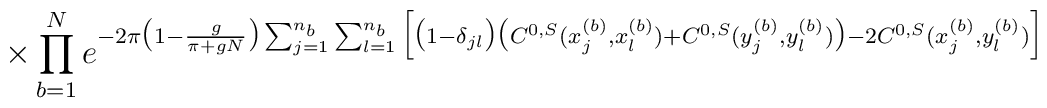
\times \prod_{b=1}^N e^{ -2\pi\big(1-\frac{g}{\pi+gN}\big)\sum_{j=1}^{n_b}\sum_{l=1}^{n_b}\Big[\big(1-\delta_{jl}\big)\big(C^{0,S}(x_j^{(b)},x_l^{(b)})+C^{0,S}(y_j^{(b)},y_l^{(b)})\big)-2C^{0,S}(x_j^{(b)},y_l^{(b)}) \Big] }